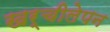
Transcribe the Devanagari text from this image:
खर्चीलेपन